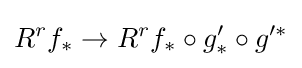
R^{r}f_{*}\to R^{r}f_{*}\circ g'_{*}\circ g'^{*}